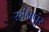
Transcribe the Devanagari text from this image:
रहीमपूर